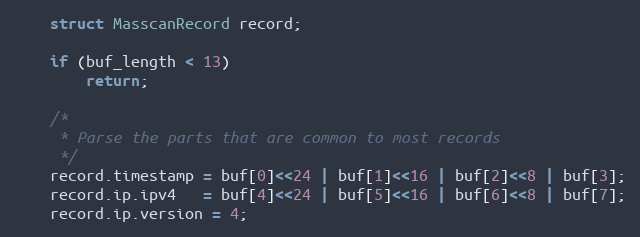
Language: C
    struct MasscanRecord record;

    if (buf_length < 13)
        return;

    /*
     * Parse the parts that are common to most records
     */
    record.timestamp = buf[0]<<24 | buf[1]<<16 | buf[2]<<8 | buf[3];
    record.ip.ipv4   = buf[4]<<24 | buf[5]<<16 | buf[6]<<8 | buf[7];
    record.ip.version = 4;